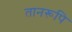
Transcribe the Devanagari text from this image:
तानरूपि